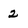
Character: 2